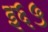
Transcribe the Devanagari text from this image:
इ६५